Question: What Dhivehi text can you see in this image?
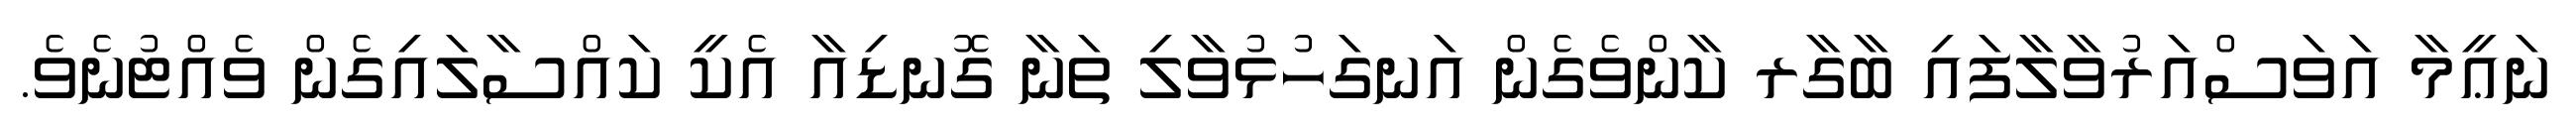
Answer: ނަޢީމާ އަވަސްއަރުވާލާފައި ބާގާރ ކާންވެގެން އަނގަހުޅުވާލި ތަނާ ގޮނޑިއާ އެކީ ކައްސާލައިގެން ވެއްޓުނެވެ.